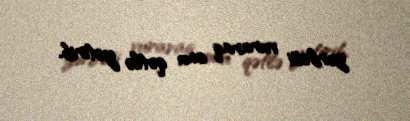
zərbəsi vuraraq onu qətlə yetirib.